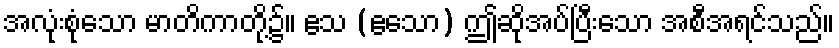
အလုံးစုံသော မာတိကာတို့၌။ ဧသ (ဧသော) ဤဆိုအပ်ပြီးသော အစီအရင်သည်။